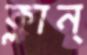
ক্লান্